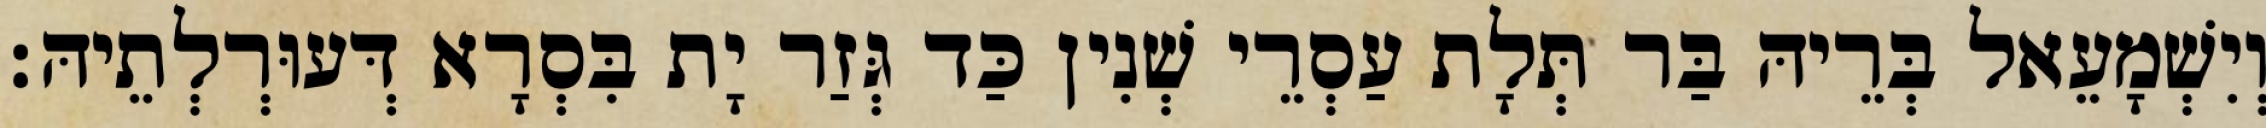
וְיִשְׁמָעֵאל בְּרֵיהּ בַּר תְּלָת עַסְרֵי שְׁנִין כַּד גְּזַר יָת בִּסְרָא דְּעוּרְלְתֵיהּ׃